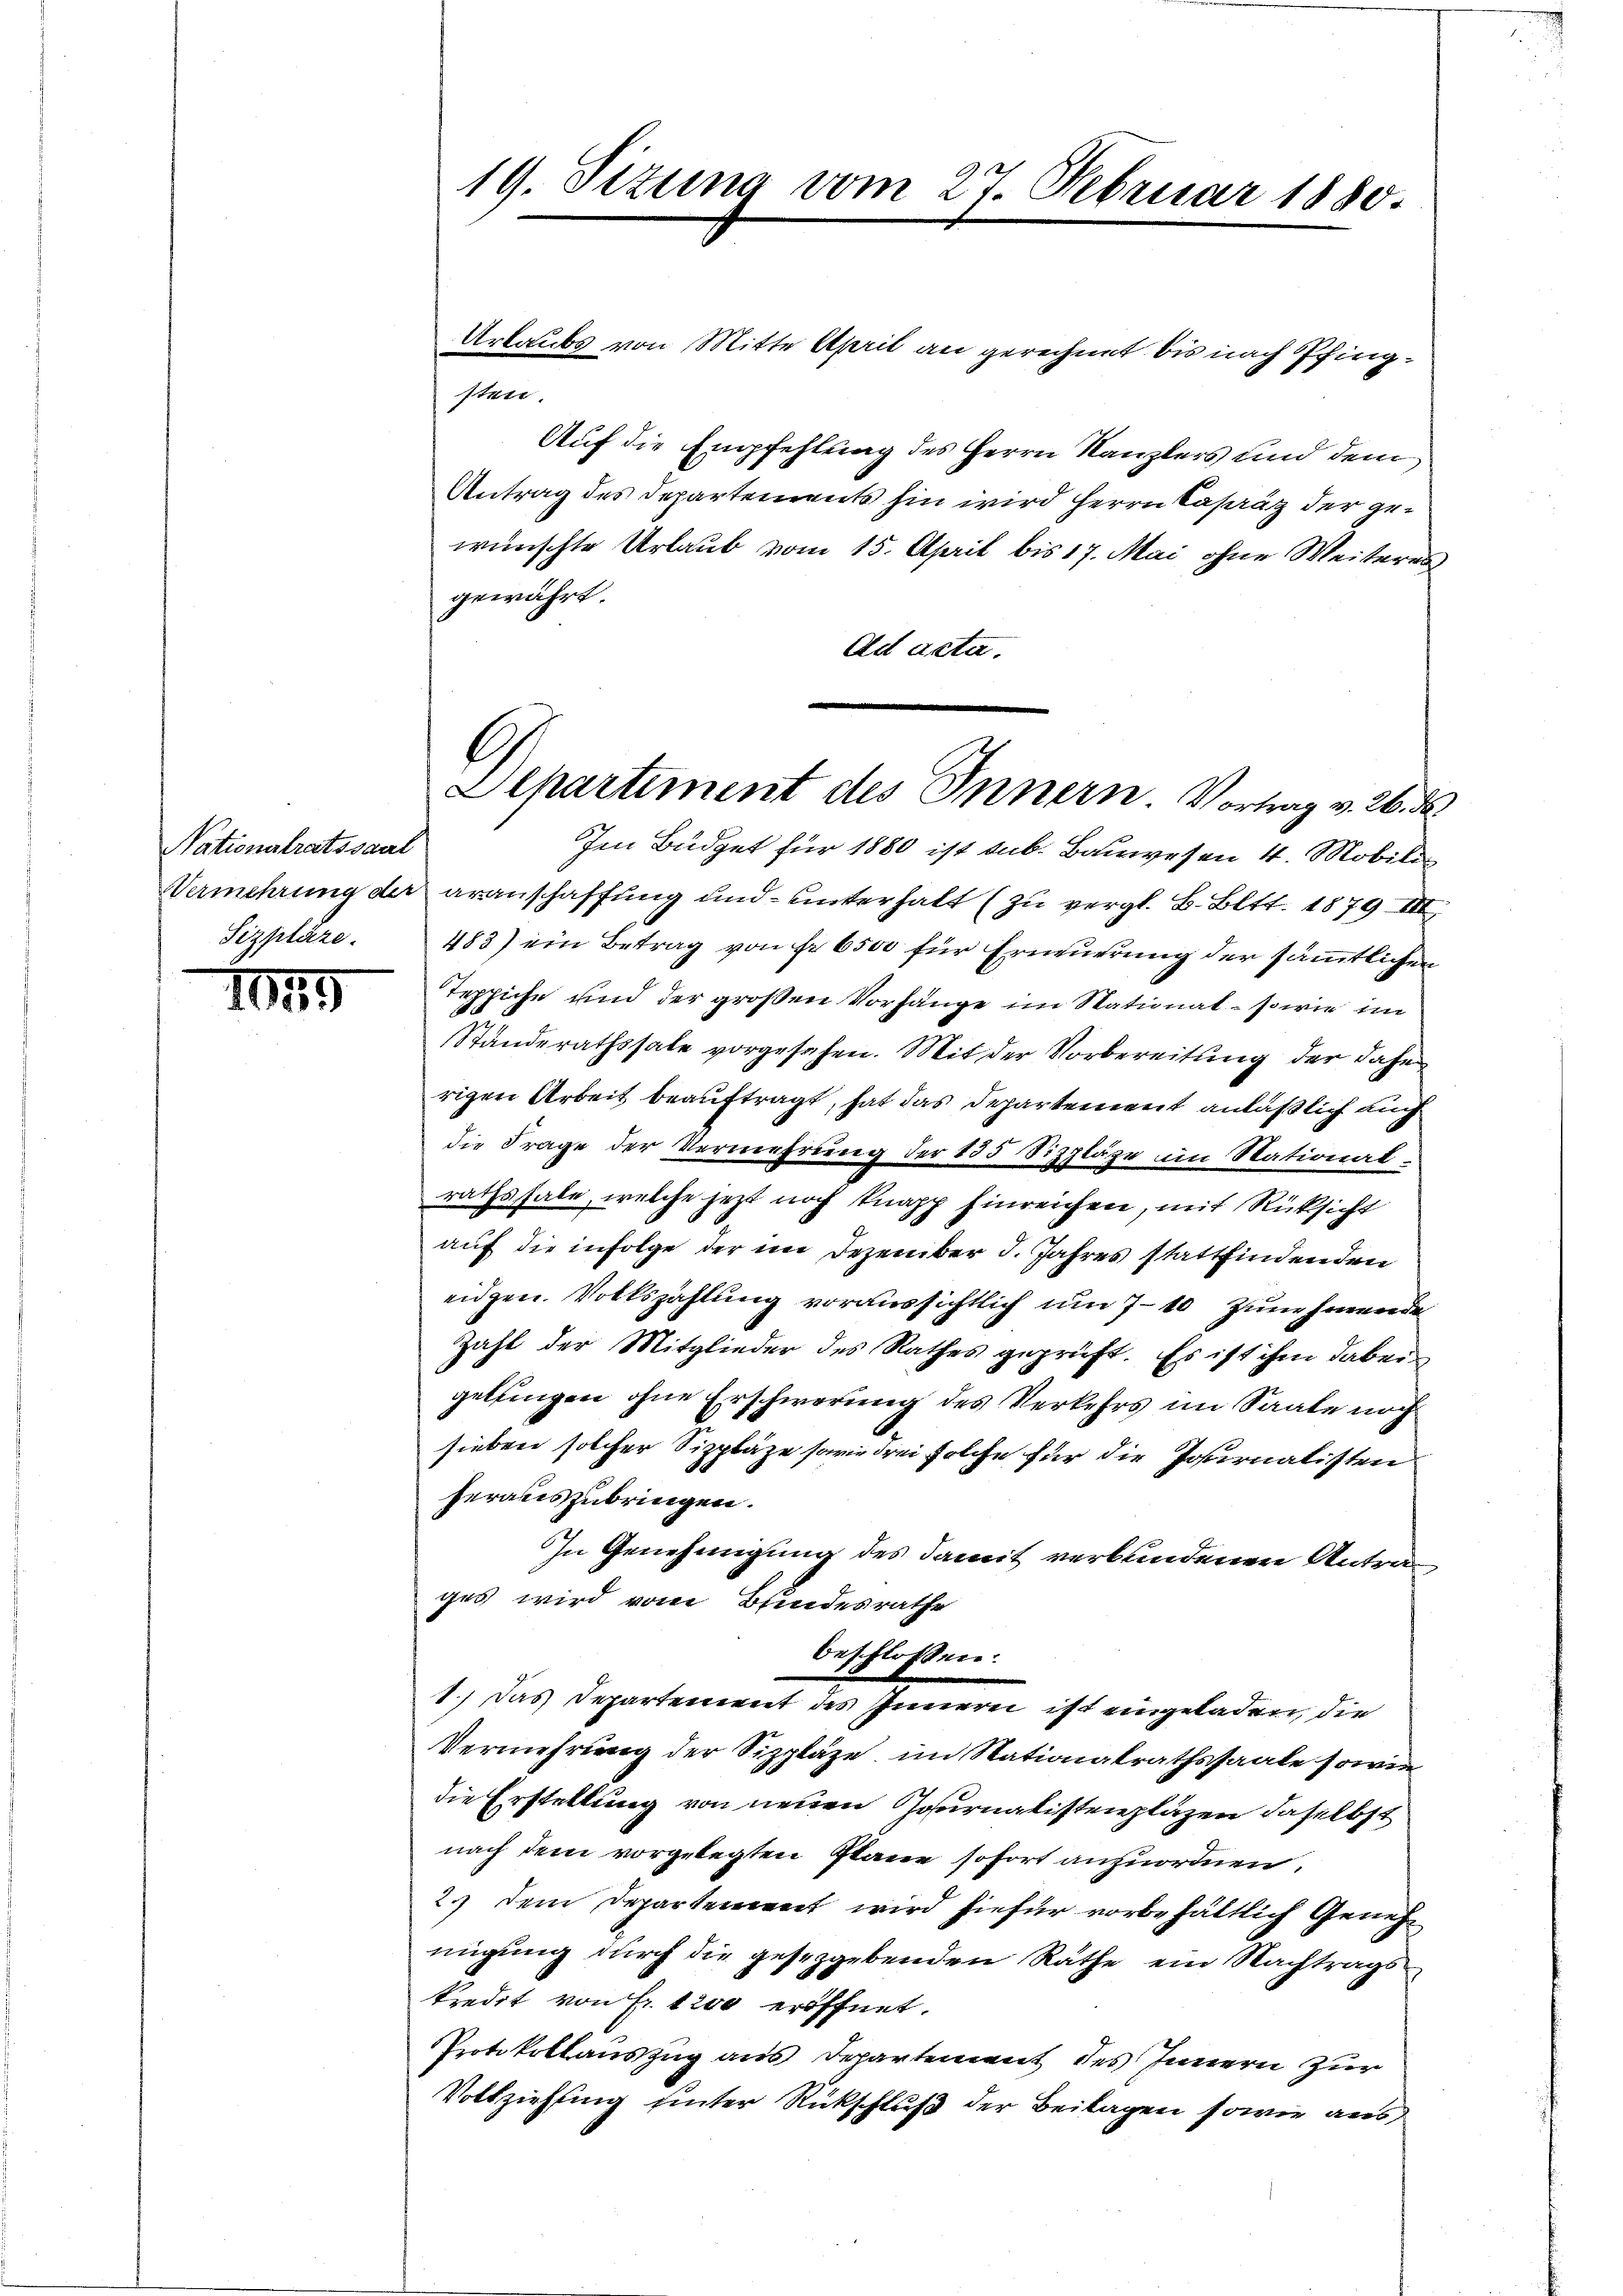
Nationalratssaal

1849

Urlaubs von Mitte April an gerechnet bis nach Pfingsten.
Auf die Empfehlung des Herrn Kanzlers und dem
Antrag des Departements hin wird Herrn Casaaz der gewünschte Urlaub vom 15. April bis 17. Mai ohne Weiteres
gewährt.
Ad acta.
Im Büdget für 1880 ist sub. Bauwesen 4. Mobili
Vermehrung der aranschaffung und unterhalt (zu vergl. B. Bett. 1879. III,
Sizpläze. 483) ein Betrag von Erbs für Erneŭerŭng der säṁtlichen
Teppiche und der großen Vorhänge im Stationat - sowie im
Standerathssale vorgesehen. Mit der Vorbereitung der dahe
rigen Arbeit beauftragt, hat das Departement anläßlich auch
die Frage der Vermehrung der 155 Sizzläge im Stational-
rathssale, welche jetzt noch knapp hinreichen, mit Rücksicht
auf die infolge der im Dezember d. Jahres stattfindenden
eidgen. Volkszahlung voraussichtlich um 7-10 Zunehmende
Zahl der Mitglieder des Rathes geprüft. Es ist ihm dabei
gelungen ohne Erschwerung des Verkehrs im Saate noch
sieben solcher Sipplaze sowie drei solche für die Journatisten
herauszubringen.
In Genehmigung des damit verbundenen Antrag
ges wird vom Bundesrathe
beschlossen:
1.) Das Departement des Innerei ist eingeladen, die
Vermehrung der Sizpläze, im Nationalrathssaale sowie
die Erstellung von neuen Journalistriepläzen daselbst
nach dem vorgelegten Stane sofort anzuordnen.
2.) Dem Departement wird hiefür vorbehältlich Genehnigung durch die gesezgebenden Räthe ein Nachtragskredit von Fr. 1200 eröffnet.
Protokollauszug aus Departement des Innern zur
Vollziehung unter Rückschluß der Beilagen sowie aus,

19. Sizung vom 27. Februar 1880.

A
Departement des Innern. Vortrag v. 26. d.